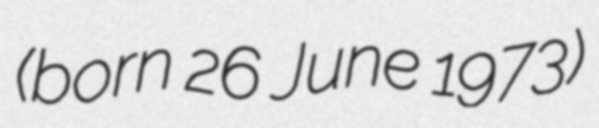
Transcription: (born 26 June 1973)